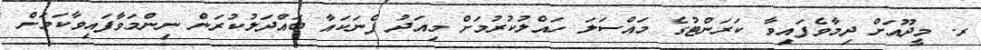
ރ. މީދޫއަށް ދިމާވެފައިވާ ކަރަންޓުގެ މައްސަލަ ހައްލުކުރުމަށް މިއަދު ފެނަކައާ ބައްދަލުކުރަން ނިންމަވާފައިވާކަމަށް